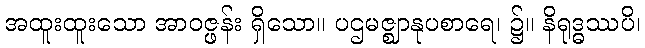
အထူးထူးသော အာဝဇ္ဖန်း ရှိသော။ ပဌမဇ္ဈာနုပစာရေ၊ ၌။ နိရုဒ္ဓဿပိ၊